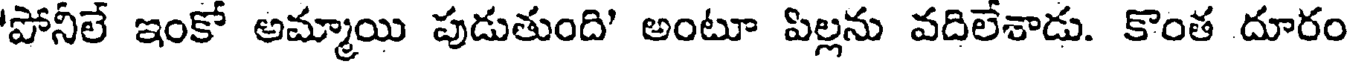
'పోనీలే ఇంకో అమ్మాయి పుడుతుంది' అంటూ పిల్లను వదిలేశాడు. కొంత దూరం